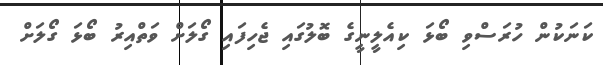
ކަނަކުން ހުރަސްވި ބޯޅަ ކިއެލީނީގެ ބޮލުގައި ޖެހިފައި ގޯލަށް ވަތްއިރު ބޯޅަ ގޯލަށް